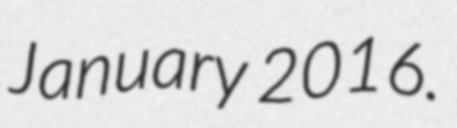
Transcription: January 2016.